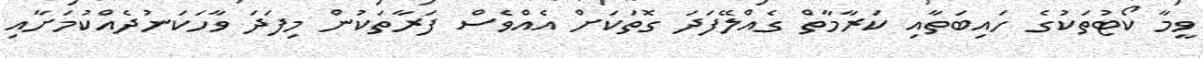
ވީމާ ކޯޓުތަކުގެ ހައިބަތާއި ކަރާމާތް ގެއްލޭފަދަ ގޮތަކަށް އެއްވެސް ފަރާތަކުން މިފަދަ ވާހަކަނުދެއްކުމަށާއި